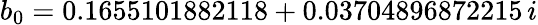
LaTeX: b_{0}=0.1655101882118+0.03704896872215\, i